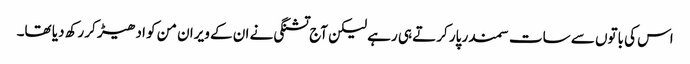
اس کی باتوں سے سات سمندر پار کرتے ہی رہے لیکن آج تشنگی نے ان کے ویران من کو ادھیڑ کر رکھ دیا تھا۔